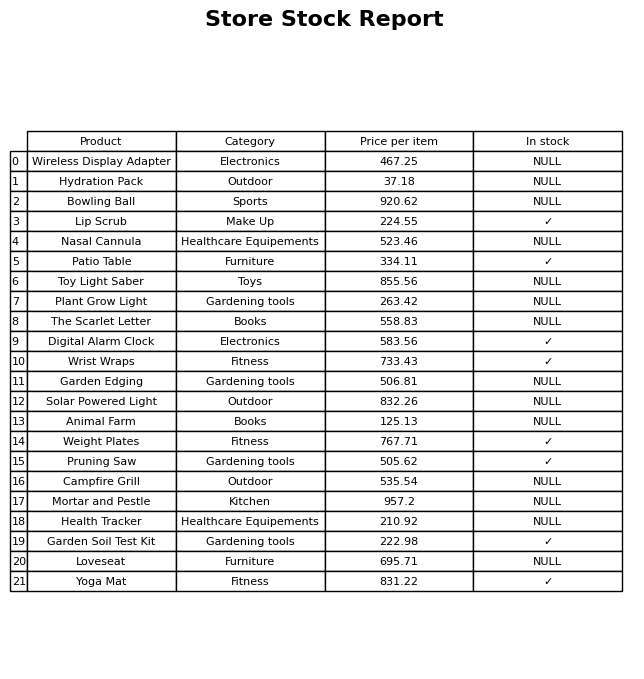
question: What is the price for Garden Edging?
answer: The price of Garden Edging is 506.81.